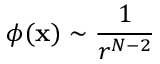
\phi ( \mathbf { x } ) \sim \frac { 1 } { r ^ { N - 2 } }